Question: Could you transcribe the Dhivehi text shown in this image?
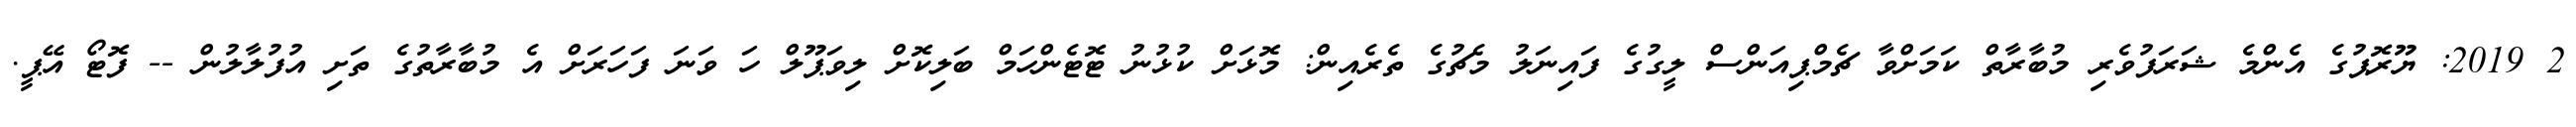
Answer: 2 2019: ޔޫރޮޕުގެ އެންމެ ޝަރަފުވެރި މުބާރާތް ކަމަށްވާ ޗެމްޕިއަންސް ލީގުގެ ފައިނަލު މެޗުގެ ތެރެއިން: މޮޅަށް ކުޅުނު ޓޮޓެންހަމް ބަލިކޮށް ލިވަޕޫލް ހަ ވަނަ ފަހަރަށް އެ މުބާރާތުގެ ތަށި އުފުލާލުން -- ފޮޓޯ އޭޕީ.